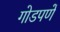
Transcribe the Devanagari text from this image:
गोडपणें